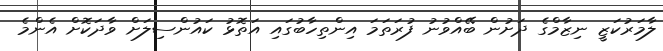
ލާމަރުކަޒީ ނިޒާމްގެ ދަށުން ބޭއްވުނު ފުރަތަމަ އިންތިހާބުގައި އަތޮޅު ކައުންސިލަށް ވާދަކޮށް އެންމެ